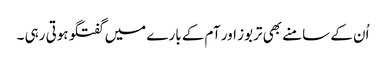
اُن کے سامنے بھی تربوز اور آم کے بارے میں گفتگو ہوتی رہی ۔